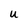
Character: u